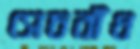
সেচবাঁধ